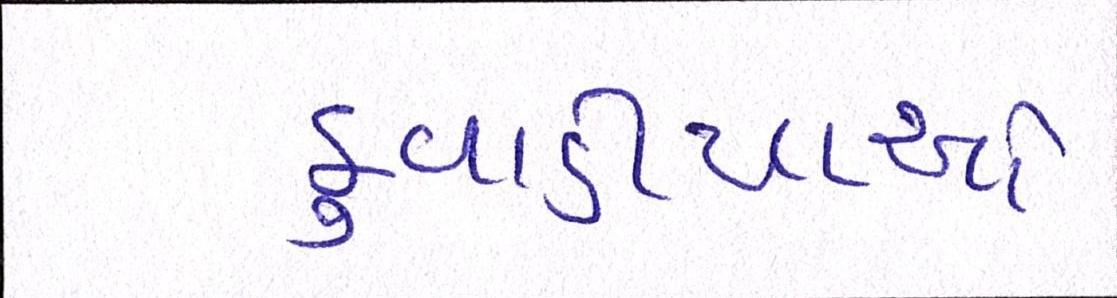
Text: કુવાડીયાઓ